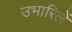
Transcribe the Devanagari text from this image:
उभारिलें